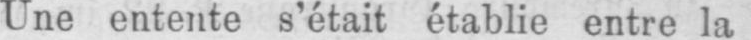
Une entente s’était établie entre la